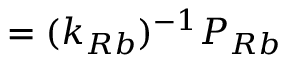
= ( k _ { R b } ) ^ { - 1 } P _ { R b }